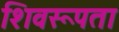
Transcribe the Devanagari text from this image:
शिवरूपता